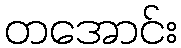
တအောင်း